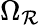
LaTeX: \Omega_{\mathcal{R}}